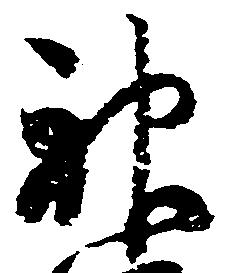
神